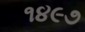
૧૪૯૭